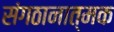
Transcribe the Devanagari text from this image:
संगठानात्मक